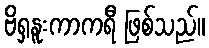
ဗိရှနူးကာကရီ ဖြစ်သည်။